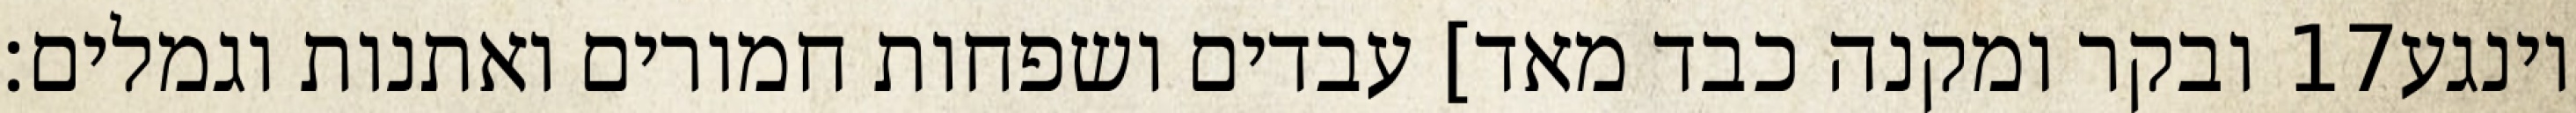
ובקר ומקנה כבד מאד] עבדים ושפחות חמורים ואתנות וגמלים׃ ‎17‏ וינגע